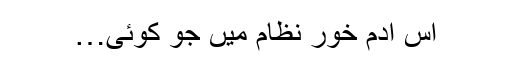
اس ادم خور نظام میں جو کوئی…